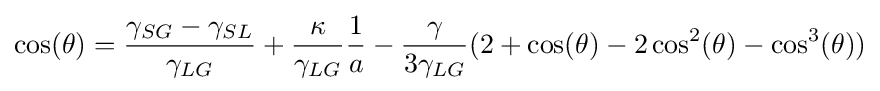
\cos(\theta )={\frac {\gamma _{SG}-\gamma _{SL}}{\gamma _{LG}}}+{\frac {\kappa }{\gamma _{LG}}}{\frac {1}{a}}-{\frac {\gamma }{3\gamma _{LG}}}(2+\cos(\theta )-2\cos ^{2}(\theta )-\cos ^{3}(\theta ))